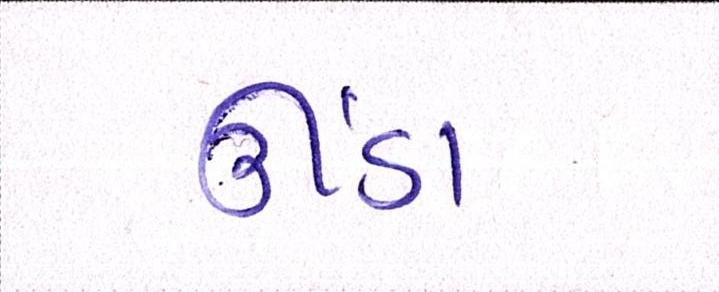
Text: ઊંડા